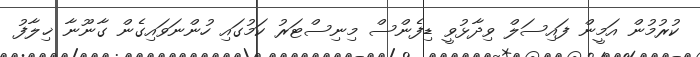
ކުރުމުން އަމީން ފައިސަލް ވިދާޅުވީ ޑިފެންސް މިނިސްޓަރު ކަމުގައި ހުންނަވައިގެން ގާނޫނާ ޚިލާފު